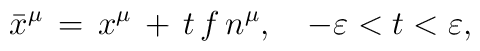
\bar x ^\mu\,=\,x^\mu \,+\,t\,f\,n^\mu,\quad-\varepsilon < t < \varepsilon ,